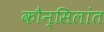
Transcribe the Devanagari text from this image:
कौन्सिलांत